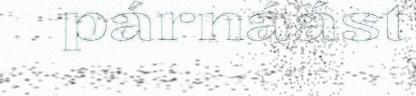
párnáást